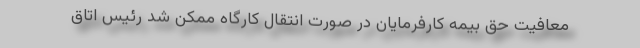
معافیت حق بیمه کارفرمایان در صورت انتقال کارگاه ممکن شد رئیس اتاق